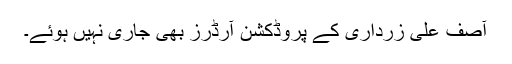
آصف علی زرداری کے پروڈکشن آرڈرز بھی جاری نہیں ہوئے۔